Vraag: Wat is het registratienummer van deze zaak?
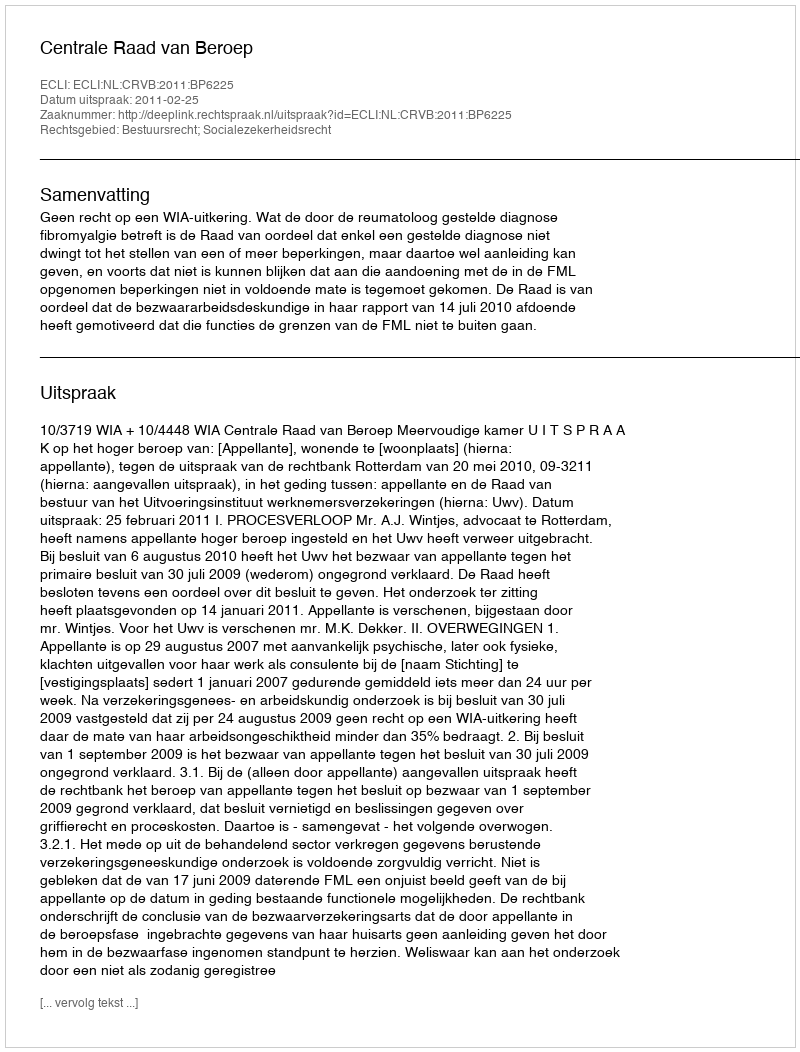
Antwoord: http://deeplink.rechtspraak.nl/uitspraak?id=ECLI:NL:CRVB:2011:BP6225